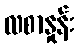
လစာနှုန်း